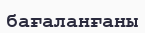
бағаланғаны